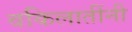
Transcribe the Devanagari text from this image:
वकिलातींनी